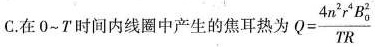
C.在0~T时间内线圈中产生的焦耳热为 $$Q = \frac { 4 n ^ { 2 } r ^ { 4 } B _ { 0 } ^ { 2 } } { T R }$$